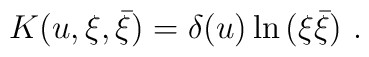
K(u,  \xi , \bar \xi ) = \delta(u) \ln \, ( \xi  \bar  \xi)\ .